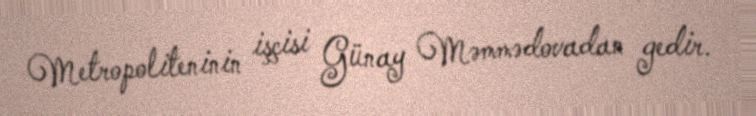
Metropoliteninin işçisi Günay Məmmədovadan gedir.